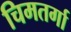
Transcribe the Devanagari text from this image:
चिमतर्गा